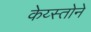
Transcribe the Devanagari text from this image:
केय्स्तोने